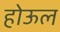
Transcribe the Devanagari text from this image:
होऊल